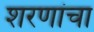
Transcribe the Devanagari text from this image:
शरणांचा